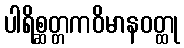
ပါရိစ္ဆတ္တကဝိမာနဝတ္ထု